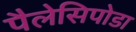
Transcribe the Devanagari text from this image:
पैलेसिपोडा